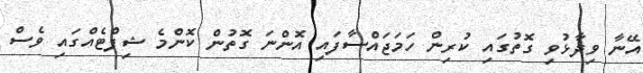
އޭނާ ވިދާޅުވި ގޮތުގައި ކުރިން ހަމަޖައްސާފައި އޮންނަ ގޮތުން ކޮންމެ ޝިފްޓެއްގައި ވެސް